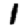
Digit: 1